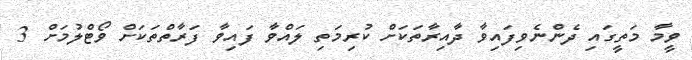
ވީމާ މަތީގައި ދެންނެވިފައިވާ ދާއިރާތަކަށް ކުރިމަތި ލައްވާ ފައިވާ ފަރާތްތަކަށް ވޯޓްލުމަށް 3